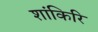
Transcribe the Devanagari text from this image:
शांकिरि